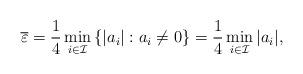
LaTeX: \begin{align*} \overline\varepsilon& =\frac{1}{4} \min_{i\in\mathcal I} \left\{ |a_i| : a_i\neq 0\right\}=\frac{1}{4} \min_{i\in\mathcal I} |a_i|, \end{align*}